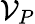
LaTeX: {\cal V}_{P}